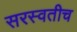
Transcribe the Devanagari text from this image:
सरस्वतीच